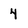
Character: 4